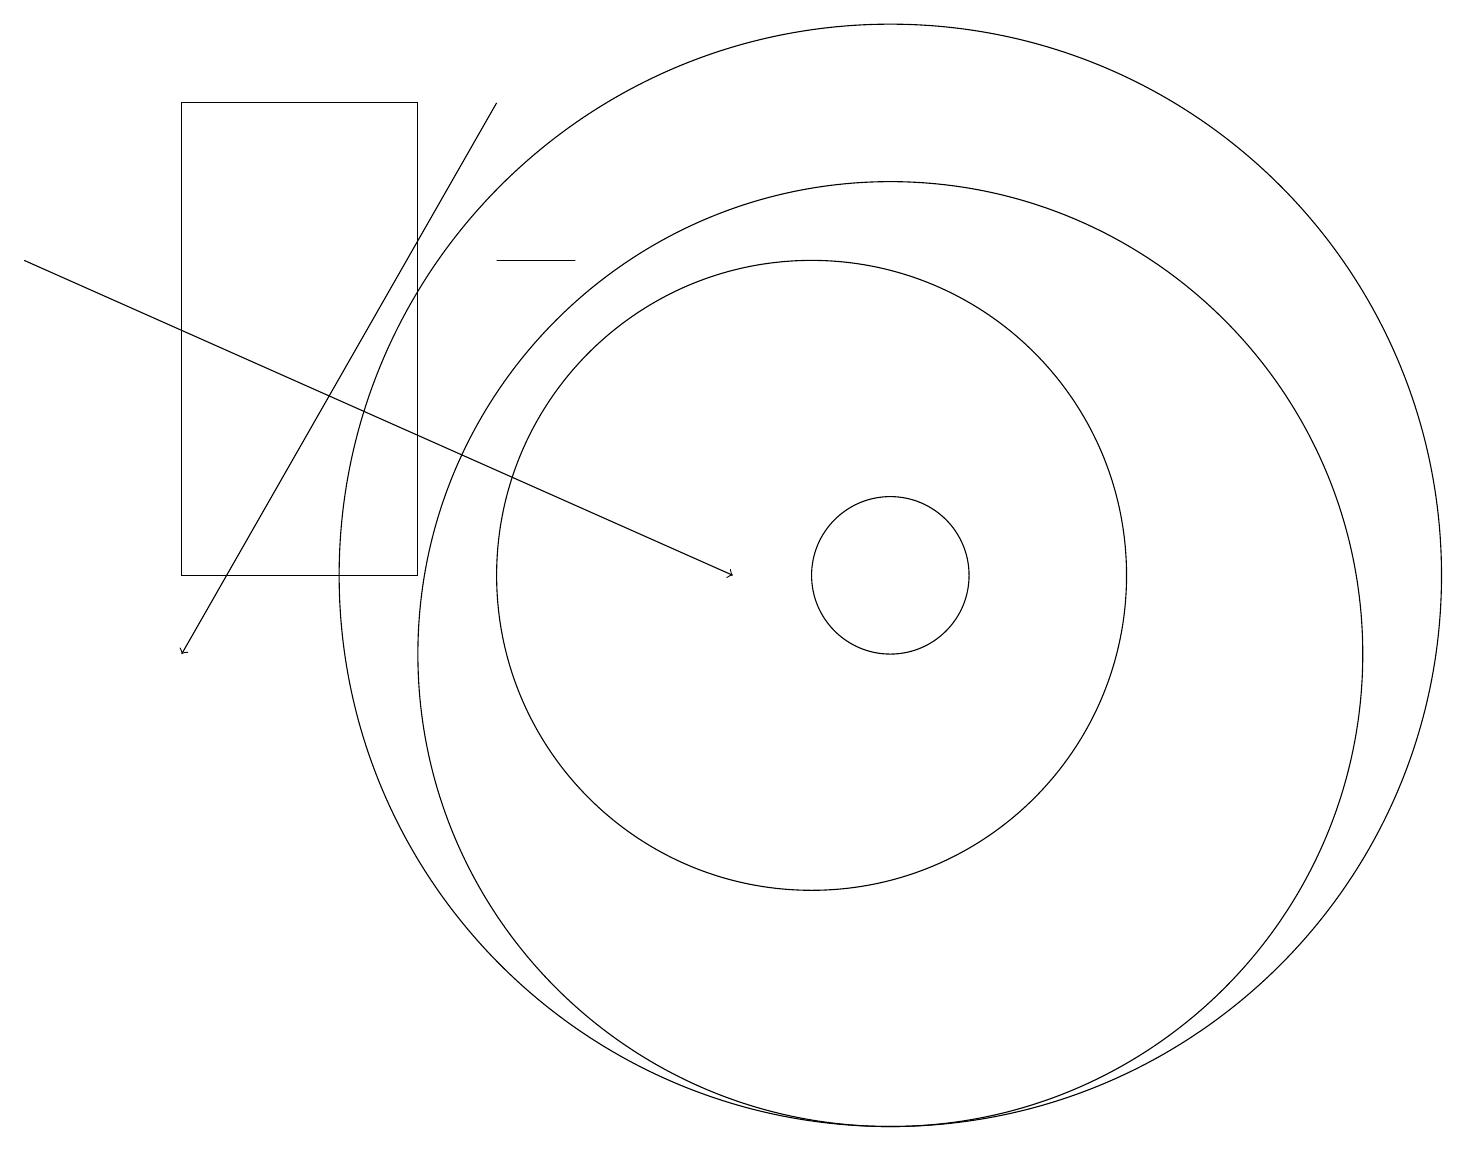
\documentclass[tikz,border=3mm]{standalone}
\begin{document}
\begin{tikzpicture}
\draw (11,12) circle (1);
\draw (2,12) rectangle (5,18);
\draw (10,12) circle (4);
\draw (7,16) rectangle (6,16);
\draw (11,11) circle (6);
\draw[->] (0,16) -- (9,12);
\draw[->] (6,18) -- (2,11);
\draw (11,12) circle (7);
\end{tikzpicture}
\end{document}